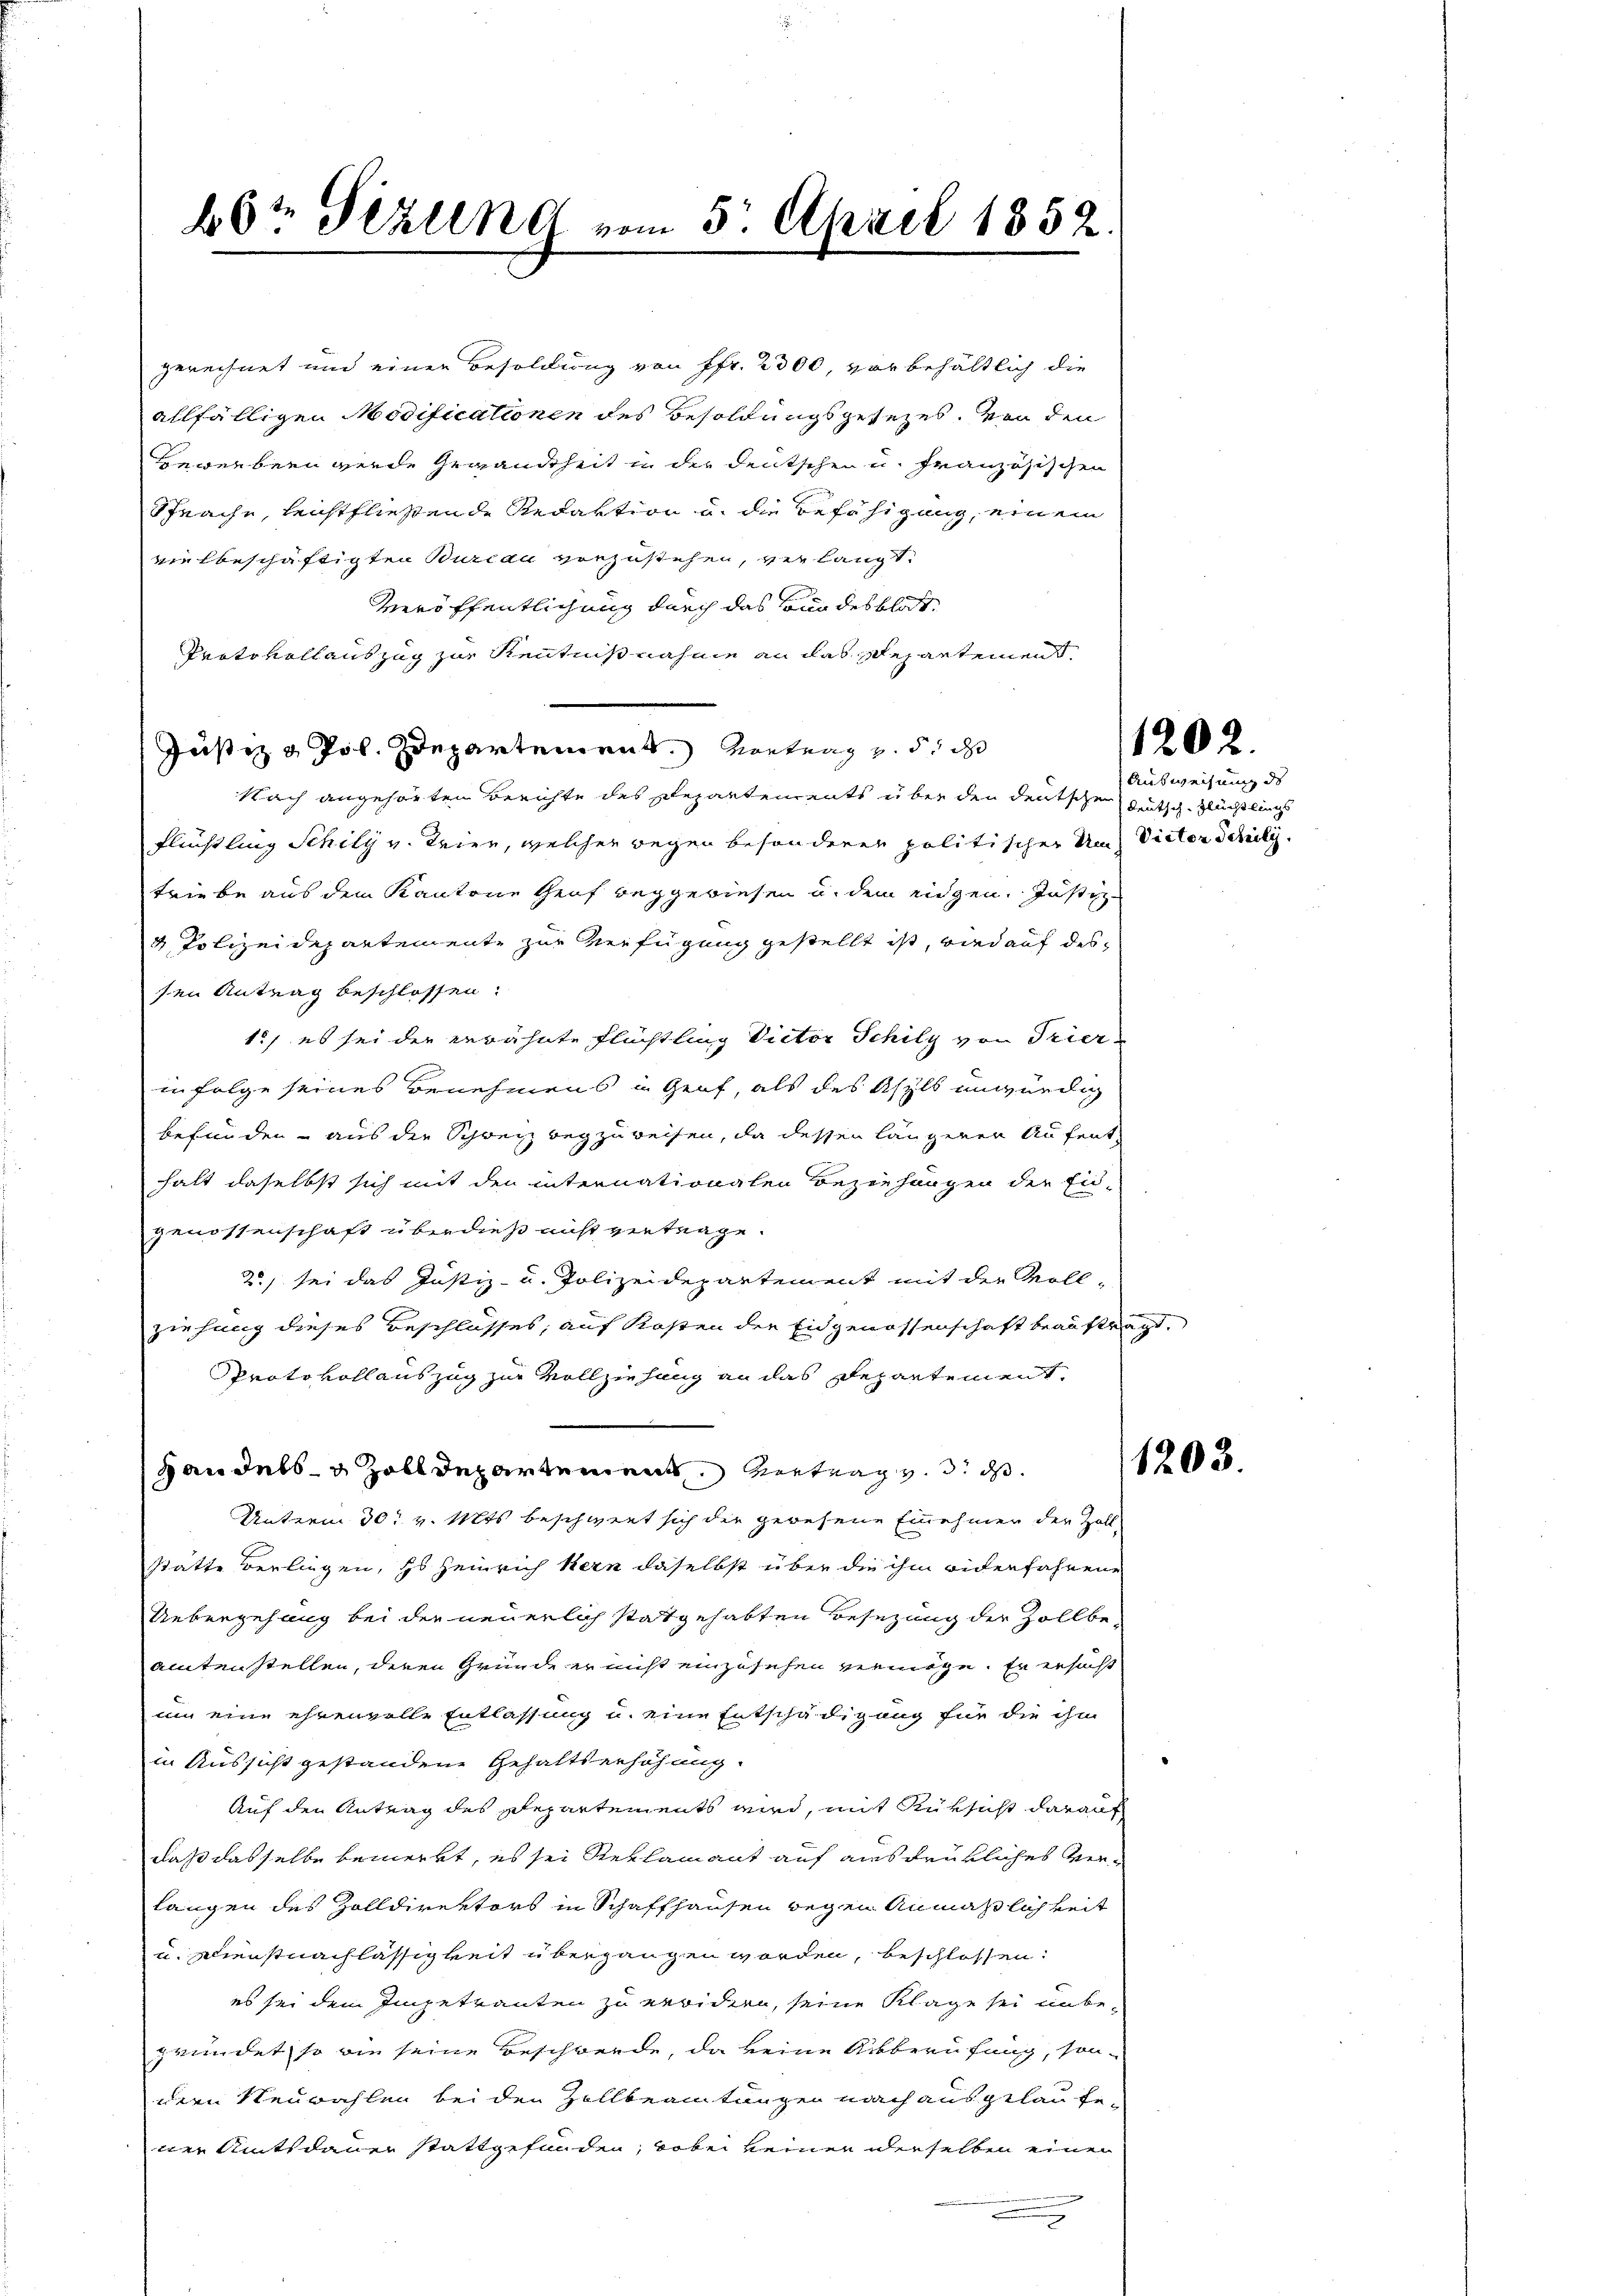
60t Serung vom 5. April 1852.

gerechnet und einer Besoldung von Fr. 2300, vor behältlich die
allfälligen Modificationen des Besoldungsgesezes. Von den
Gewerben werde Gewandtheit in der Deutschen u. Französischen
Sprache, leichtfließende Redaktion u. die Befähigung, einem
vielbeschäftigten Burcar vorzustehen, verlangt.
Veröffentlichung durch das Bundesblat¬
Protokollauszug zur Kenntnißnahme an das Departement
Justiz & Pol. Departement. Vortrag v. 5. das
Nach angehörten Berichte des Departements über den deutsche Gutsch. Flüchtlings
Flüchtling Schily v. Seien, welcher wegen besonderer politischer Um Victor Schili
triebe aus dem Kantone Genf beggewiesen u. dem eidgen. Justiz-
3. Polizeidepartemente zur Verfügung gestellt ist, wird auf dessen Antrag beschlossen.
1./ es sei der erwähnte Flüchtling Victor Schily von Trier-
in folge seines Benehmens in Genf, als des Asyls unwürdig
befunden - aus der Schweiz wegzuweisen, da dessen längerer Aufenthalt daselbst sich mit den internationalen Beziehungen der Eid-
Genossenschaft überdieß nicht vertrage.
2) sei das Justiz- u. Polizeidepartement mit der Voll-
ziehung dieses Beschlusses, auf Kosten der Eidgenossenschaft beauftragt.
Protokollauszug zur Vollziehung an das Departement,
z andels Zolldepartement. Vertrag v. 3. ds
Unterm 30. v. Mts. beschwert sich die gewesene Einnehmer der Zoll-
stätte verliegen, es Heinrich Kern daselbst über die ihm widerfahrene
Uebergehung bei der neuerlich statgehabten Besezung der Zollbeamten stellen, deren Gründe er nicht einzusehen vermöge. Er ersucht
um eine ehrenvolle Entlassung u. eine Entschädigung für die ihm
in Aussicht gestandene Gehaltserhöhung.
Auf den Antrag des Repartements wird, mit Rüksicht darauf
daß dasselbe bemerkt, es sei Reklamant auf ausdrükliches Ver-
langen des Zolldirektors in Schaffhausen begen Anmaßlichkeit
u. Dienstnachlässigkeit übergangen worden, beschlossen:
es sei dem Ingetranten zu erwidern, seine Klage sei unbegründet, so wie seine Beschwerde, da keine Abberufung, son-
dern Neuwahlen bei den Zollbeamtungen nach ausgelaufener Amtsdauer stattgefunden, wobei keiner derselben einen

1202.

Ausweisung des

1203.